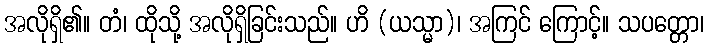
အလိုရှိ၏။ တံ၊ ထိုသို့ အလိုရှိခြင်းသည်။ ဟိ (ယသ္မာ)၊ အကြင် ကြောင့်။ သပတ္တော၊